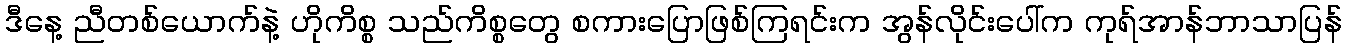
ဒီနေ့ ညီတစ်ယောက်နဲ့ ဟိုကိစ္စ သည်ကိစ္စတွေ စကားပြောဖြစ်ကြရင်းက အွန်လိုင်းပေါ်က ကုရ်အာန်ဘာသာပြန်